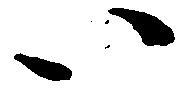
い